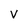
Character: V